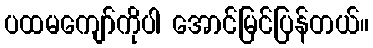
ပထမကျော်ကိုပါ အောင်မြင်ပြန်တယ်။